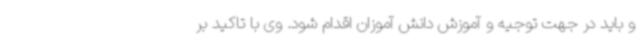
و باید در جهت توجیه و آموزش دانش آموزان اقدام شود. وی با تاکید بر